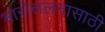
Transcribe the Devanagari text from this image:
भारोत्तलनासाठी